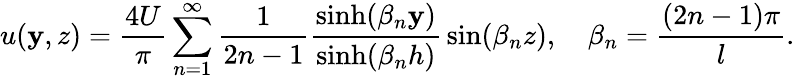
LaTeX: u(\mathbf{y},z)={\frac{{4U}}{{\pi}}}\sum_{n=1}^{\infty}{\frac{{1}}{{2n-1}}}{\frac{{\sinh(\beta_{n}\mathbf{y})}}{{\sinh(\beta_{n}h)}}}\sin(\beta_{n}z),\quad\beta_{n}={\frac{{(2n-1)\pi}}{{l}}}.